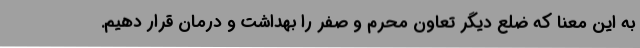
به این معنا که ضلع دیگر تعاون محرم و صفر را بهداشت و درمان قرار دهیم.